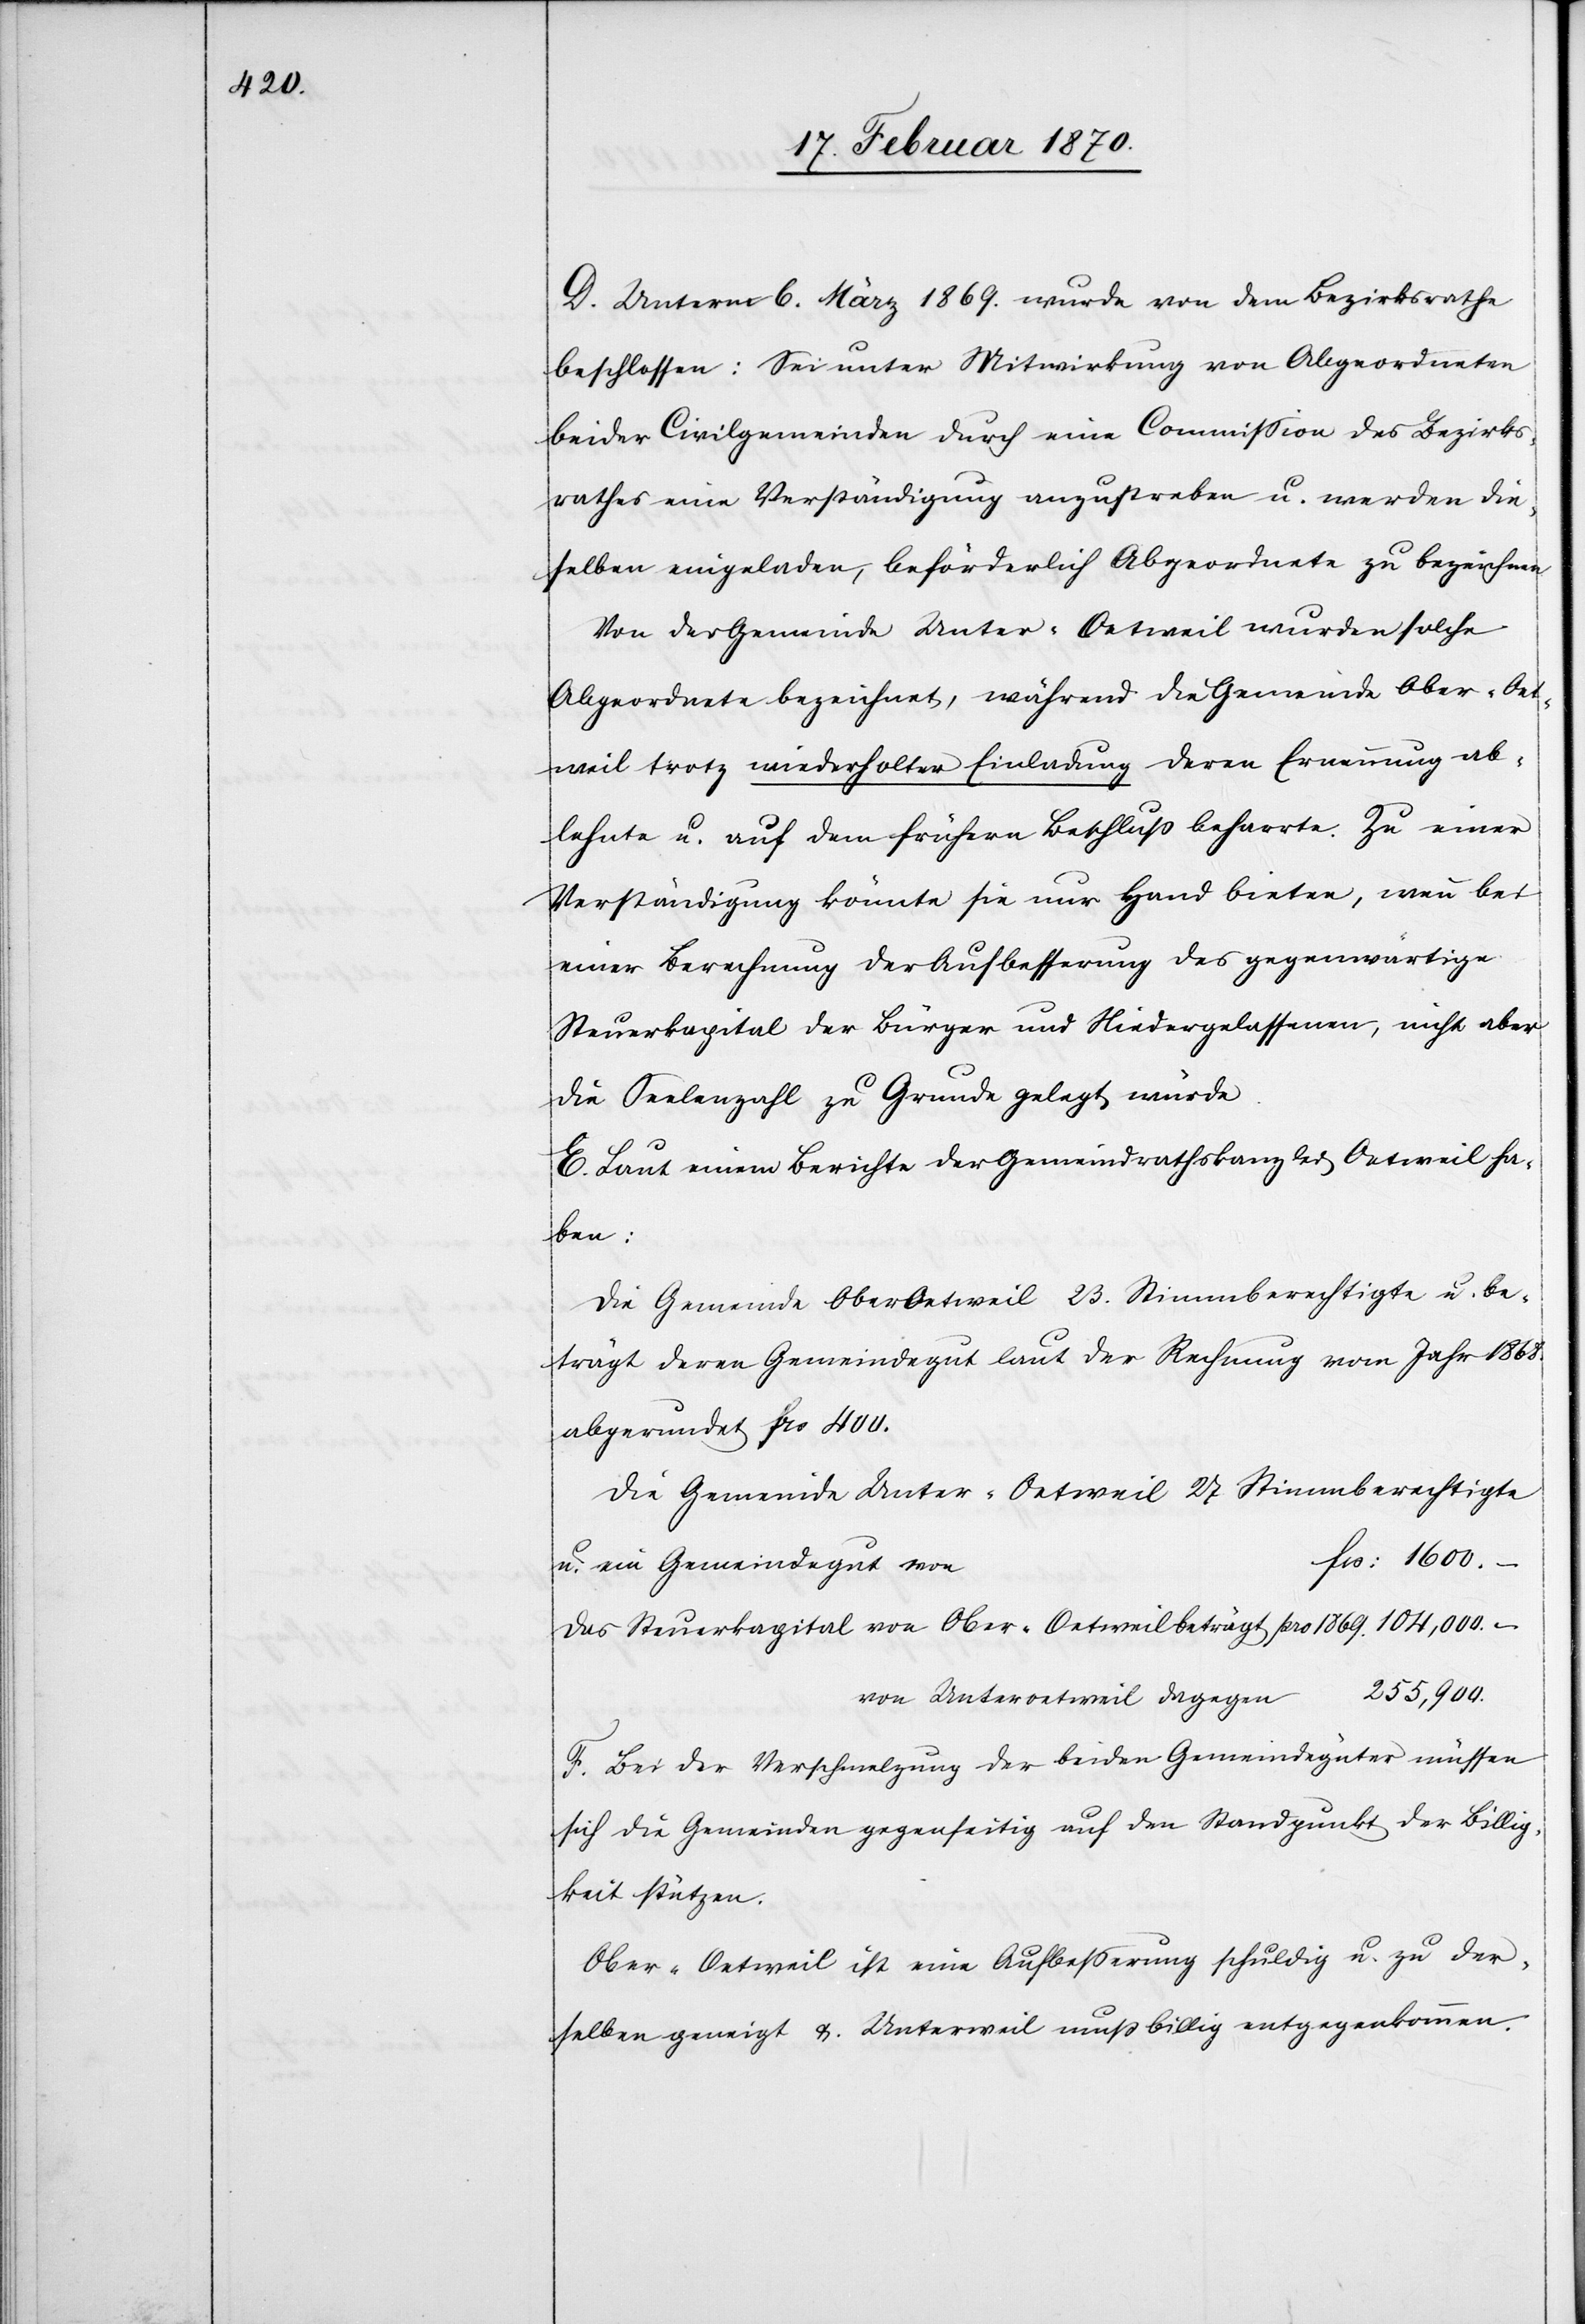
D. Unterm 6. März 1869. wurde von dem Bezirksrathe
beschlossen: Sei unter Mitwirkung von Abgeordneten
beider Civilgemeinden durch eine Commission des Bezirks¬
rathes eine Verständigung anzustreben u. werden die¬
selben eingeladen, beförderlich Abgeordnete zu bezeichnen.
Von der Gemeinde Unter-Oetweil wurden solche
Abgeordnete bezeichnet, während die Gemeinde Ober-Oet¬
weil trotz wiederholter Einladung deren Ernennung ab¬
lehnte u. auf dem frühern Beschluss beharrte. Zu einer
Verständigung könnte sie nur Hand bieten, wenn bei
einer Berechnung der Aufbesserung das gegenwärtige
Steuerkapital der Bürger und Niedergelassenen, nicht aber
die Seelenzahl zu Grunde gelegt würde.
E. Laut einem Berichte des Gemeindrathskanzler Oetweil ha¬
ben:
Die Gemeinde OberOetweil [sic!] 23. Stimmberechtigte u. be¬
trägt deren Gemeindegut laut der Rechnung vom Jahr 1868.
abgerundet frs 400.
Die Gemeinde Unter-Oetweil 27 Stimmberechtigte
frs: 1600.
–
u. ein Gemeindegut von
Das Steuerkapital von Ober-Oetweil beträgt pro 1869.				104,000. –
n		255,900.
von Unteroetweil dagege¬
F. Bei der Verschmelzung der beiden Gemeindegüter müssen
sich die Gemeinden gegenseitig auf den Standpunkt der Billig¬
keit stützen.
Ober-Oetweil ist eine Aufbesserung schuldig u. zu der¬
selben geneigt & Unterweil [sic!] muss billig entgegenkommen.